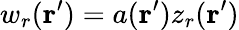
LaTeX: w_{r}(\textbf{r}^{\prime})=a(\textbf{r}^{\prime})z_{r}(\textbf{r}^{\prime})